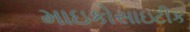
માઇકોસાઇટીક